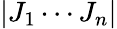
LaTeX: |J_{1}\cdots J_{n}|